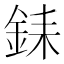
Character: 銇